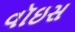
વૉઇસ